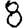
Digit: 8